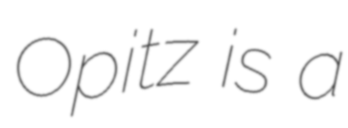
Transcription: Opitz is a